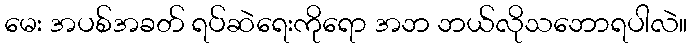
မေး အပစ်အခတ် ရပ်ဆဲရေးကိုရော အဘ ဘယ်လိုသဘောရပါလဲ။